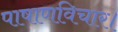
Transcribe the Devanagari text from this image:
पाषाणविचार।